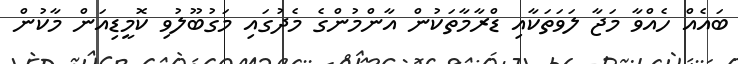
ބައެއް ހެއްވާ މަޖާ ލަވަތަކާއި ޑްރާމާތަކުން އާންމުންގެ މެދުގައި މަގުބޫލުވި ކޮމީޑިއަން މާކުން